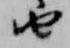
由